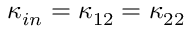
{ { \kappa } _ { i n } } = { { \kappa } _ { 1 2 } } = { { \kappa } _ { 2 2 } }